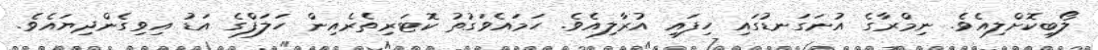
ލޯބިކޮށްލިއެވެ. ނިމްރާގެ އުނަގަނޑުގައި ހިފައި އުރާލިއެވެ. ހަމައެވަގުތު ކޮޓަރިތެރެއިން ހަލަފްގެ އަޑު އިވިގެންދިޔައެވެ.